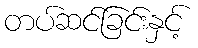
တပ်ဆင်ခြင်းနှင့်